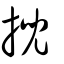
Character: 掜